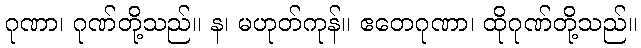
ဂုဏာ၊ ဂုဏ်တို့သည်။ န၊ မဟုတ်ကုန်။ ဧတေဂုဏာ၊ ထိုဂုဏ်တို့သည်။